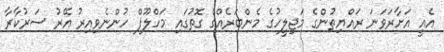
އެއީ އަށާރަވަނަ ރައްޔިތުންގެ މަޖިލީހުގެ މެންބަރެއްގެ ގޮތުގައި މަހްލޫފް ހުންނެވިއިރު އޭރު ސަރުކާރާ